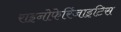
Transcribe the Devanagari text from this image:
राइनोफेरिंजाइटिस